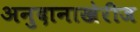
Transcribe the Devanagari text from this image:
अनुदानाखेरीज